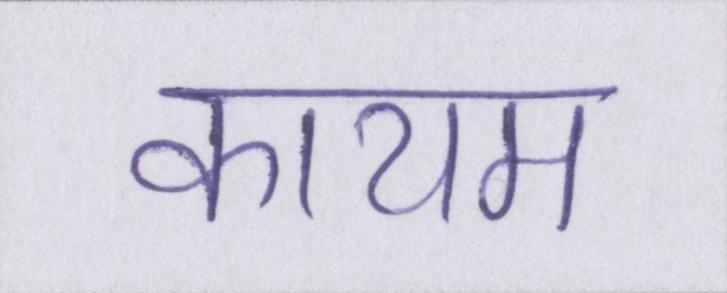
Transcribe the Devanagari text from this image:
कायम